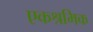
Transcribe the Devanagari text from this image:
एकश्रमिक